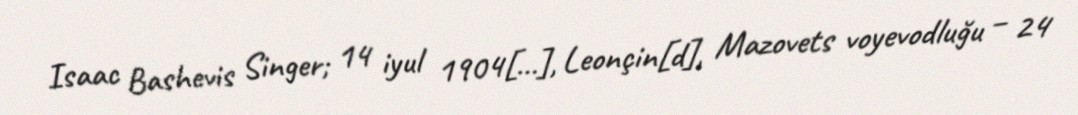
Isaac Bashevis Singer; 14 iyul 1904[…], Leonçin[d], Mazovets voyevodluğu – 24